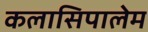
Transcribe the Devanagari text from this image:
कलासिपालेम